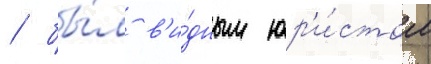
/ бы́л в'и́дным юр'и́стом